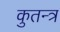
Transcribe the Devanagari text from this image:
कुतन्त्र